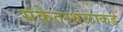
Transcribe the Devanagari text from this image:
संकेतस्थळाकडे